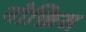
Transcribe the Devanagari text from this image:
नोक्तिस